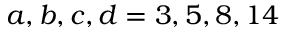
a , b , c , d = 3 , 5 , 8 , 1 4